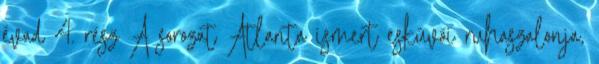
évad 4. rész A sorozat Atlanta ismert esküvői ruhaszalonja,